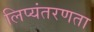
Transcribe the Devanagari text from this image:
लिप्यंतरणता